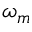
\omega _ { m }